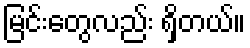
မြင်းတွေလည်း ရှိတယ်။